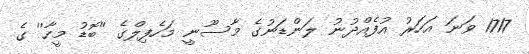
1717 ވަނަ އަހަރު އުފެއްދުނު ލަންޑަނުގެ މާސޫނީ މަހެފިލްގެ ''ބޮޑު މީހާ'' ގެ